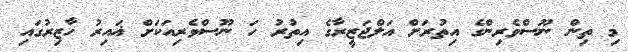
މި ތިން ނޫސްވެރިންގެ އިތުރަށް އަލްޖަޒީރާގެ އިތުރު ހަ ނޫސްވެރިއަކަށް ޣައިރު ހާޒިރުގައި